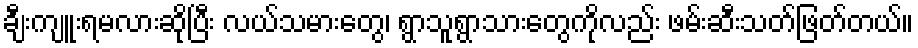
ချီးကျူးရမလားဆိုပြီး လယ်သမားတွေ၊ ရွာသူရွာသားတွေကိုလည်း ဖမ်းဆီးသတ်ဖြတ်တယ်။